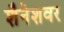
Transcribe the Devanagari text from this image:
शैनेशवर